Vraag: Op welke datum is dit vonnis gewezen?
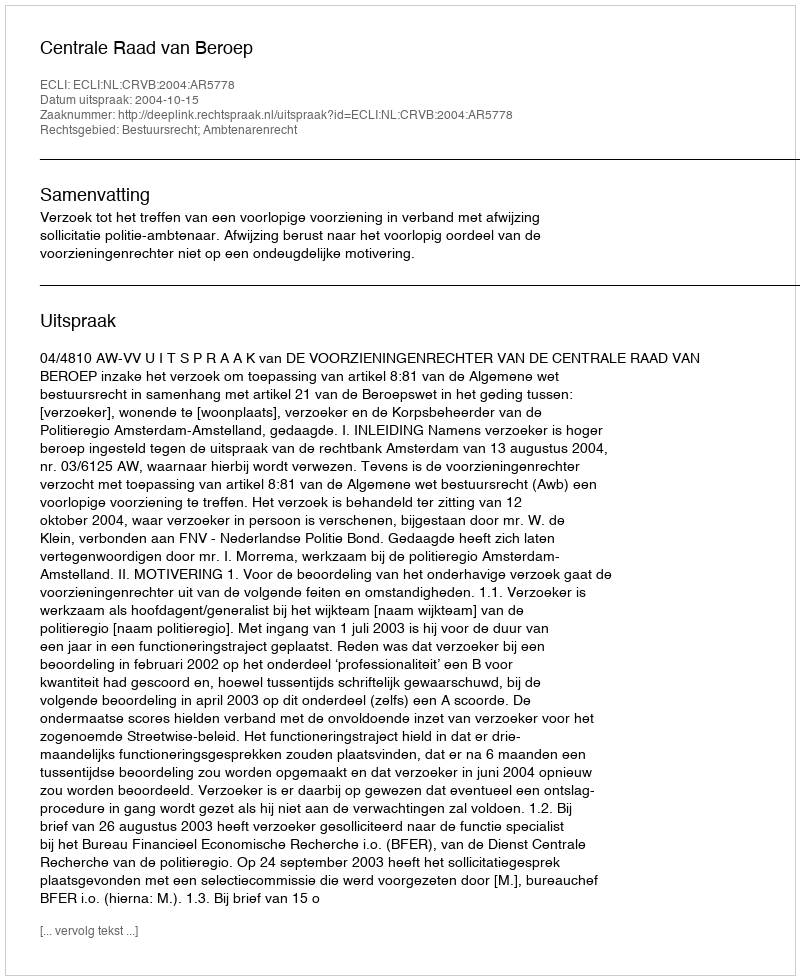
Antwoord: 2004-10-15